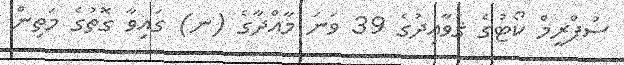
ސުޕްރީމް ކޯޓުގެ ޤަވާޢިދުގެ 39 ވަނަ މާއްދާގެ (ނ) ގައިވާ ގޮތުގެ މަތިން